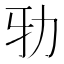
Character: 𠡅